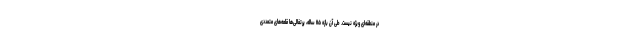
در منطقه‌ای ویژه نیست. طی آن بازه ۱۱۵ ساله، پرتغالی‌ها قلعه‌های متعددی